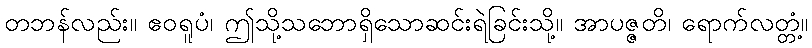
တဘန်လည်း။ ဧဝရူပံ၊ ဤသို့သဘောရှိသောဆင်းရဲခြင်းသို့။ အာပဇ္ဇတိ၊ ရောက်လတ္တံ့။